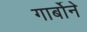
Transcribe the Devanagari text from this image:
गार्बोने